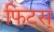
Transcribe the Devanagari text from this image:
फिटस्‌